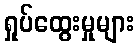
ရှုပ်ထွေးမှုများ